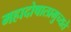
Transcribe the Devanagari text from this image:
महादोषात्प्रमुच्यते